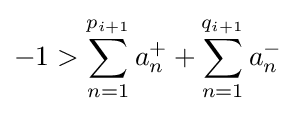
-1>\sum _{n=1}^{p_{i+1}}a_{n}^{+}+\sum _{n=1}^{q_{i+1}}a_{n}^{-}